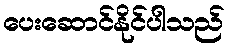
ပေးဆောင်နိုင်ပါသည်